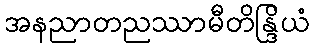
အနညာတညဿာမီတိန္ဒြိယံ